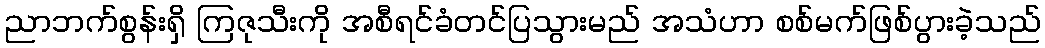
ညာဘက်စွန်းရှိ ကြဇုသီးကို အစီရင်ခံတင်ပြသွားမည် အသံဟာ စစ်မက်ဖြစ်ပွားခဲ့သည်